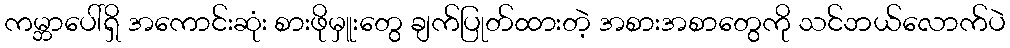
ကမ္ဘာပေါ်ရှိ အကောင်းဆုံး စားဖိုမှူးတွေ ချက်ပြုတ်ထားတဲ့ အစားအစာတွေကို သင်ဘယ်လောက်ပဲ